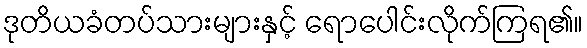
ဒုတိယခံတပ်သားများနှင့် ရောပေါင်းလိုက်ကြရ၏။